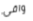
واقى